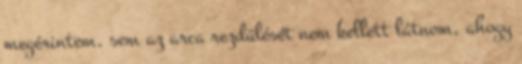
megérintem, sem az arca rezdülését nem kellett látnom, ahogy